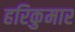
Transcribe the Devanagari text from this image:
हरिकुमार